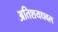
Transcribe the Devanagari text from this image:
अतिशयधवल